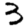
Digit: 3